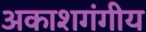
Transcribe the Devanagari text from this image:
अकाशगंगीय